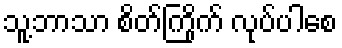
သူ့ဘာသာ စိတ်ကြိုက် လုပ်ပါစေ